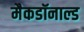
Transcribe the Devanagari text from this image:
मैकडॉनाल्ड